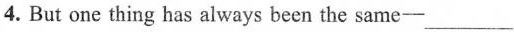
4. But one thing has always been the same- ___